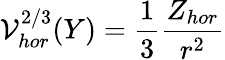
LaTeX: {\cal V}_{hor}^{2/3}(Y)={\frac{1}{3}}{\frac{Z_{hor}}{r^{2}}}